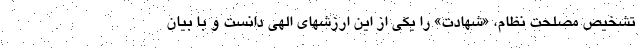
تشخیص مصلحت نظام، «شهادت» را یکی از این ارزشهای الهی دانست و با بیان